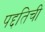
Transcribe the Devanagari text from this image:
पद्दतिची